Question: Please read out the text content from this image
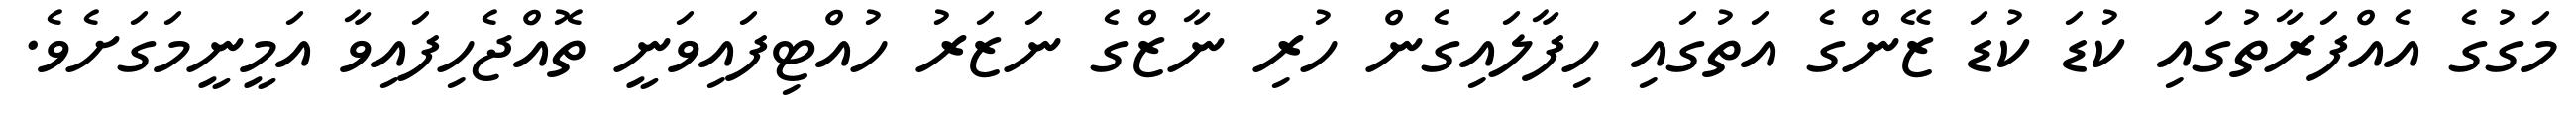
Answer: މަގުގެ އެއްފަރާތުގައި ކުޑަ ކުޑަ ޒޭންގެ އަތުގައި ހިފާލައިގެން ހުރި ނާޒްގެ ނަޒަރު ހުއްޓިފައިވަނީ ތޮއްޖެހިފައިވާ އަމީނީމަގަށެވެ.